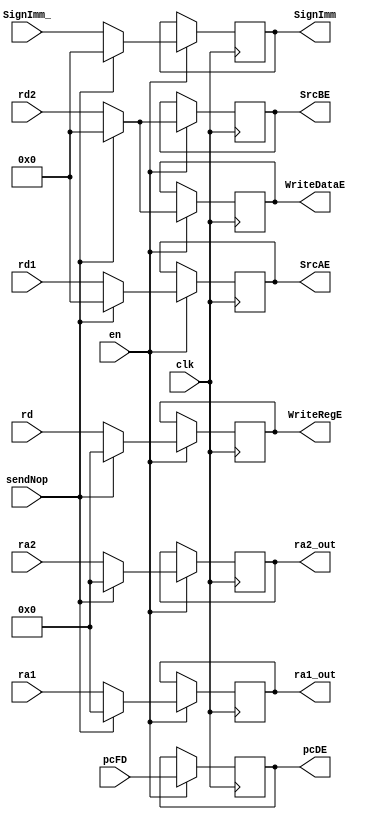
module areg(input clk, en,
            input [31:0] pcFD,
            input [31:0] rd1, rd2,
            input [4:0] rd,
            input [31:0] SignImm_,
            input sendNop,
            input [4:0] ra1,
            input [4:0] ra2,
            output reg [31:0] SrcAE, SrcBE,
            output reg [4:0] WriteRegE,
            output reg [31:0] WriteDataE,
            output reg [31:0] SignImm,
            output reg [31:0] pcDE,
            output reg [4:0] ra1_out,
            output reg [4:0] ra2_out);

always @ (posedge clk)
if(en) begin
    if(sendNop) begin
        SrcAE <= 0;
        SrcBE <= 0;
        WriteRegE <= 0;
        WriteDataE <= 0;
        SignImm <= 0;
        pcDE <= pcFD; 
        ra1_out <= 0;
        ra2_out <= 0;
    end
    else begin
        SrcAE <= rd1;
        SrcBE <= rd2;
        WriteRegE <= rd;
        WriteDataE <= rd2;
        SignImm <= SignImm_;
        pcDE <= pcFD;        
        ra1_out <= ra1;
        ra2_out <= ra2;
    end
end

endmodule